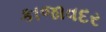
કાજાવદર